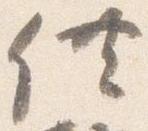
供